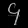
Digit: ၄